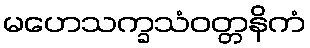
မဟေသက္ခသံဝတ္တနိကံ